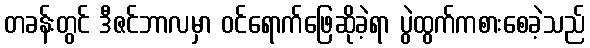
တခန်းတွင် ဒီဇင်ဘာလမှာ ဝင်ရောက်ဖြေဆိုခဲ့ရာ ပွဲထွက်ကစားစေခဲ့သည်